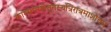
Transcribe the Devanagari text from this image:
काम्यमरणेतुतस्यत्रिरात्रमाशौचम्